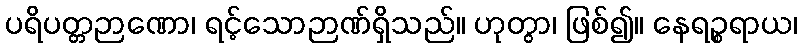
ပရိပတ္တဉာဏော၊ ရင့်သောဉာဏ်ရှိသည်။ ဟုတွာ၊ ဖြစ်၍။ နေရဉ္စရာယ၊